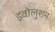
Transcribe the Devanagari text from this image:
इवोलुशन